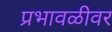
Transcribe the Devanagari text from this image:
प्रभावळीवर